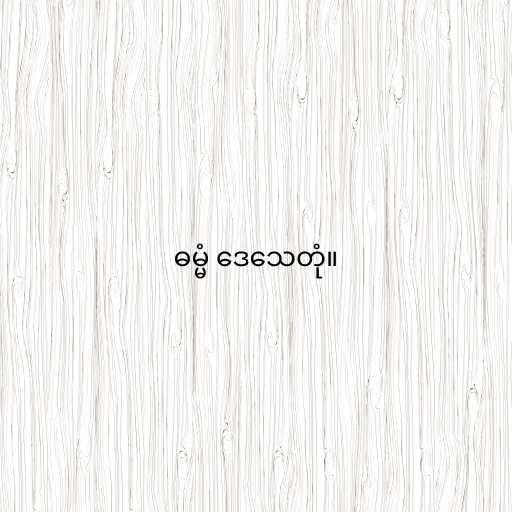
ဓမ္မံ ဒေသေတုံ။